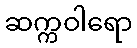
ဆက္ကဝါရော